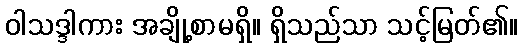
ဝါသဒ္ဒါကား အချို့စာမရှိ။ ရှိသည်သာ သင့်မြတ်၏။